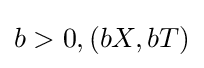
b>0,(bX,bT)